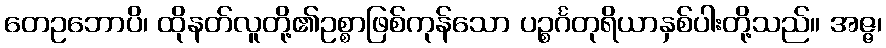
တေဥဘောပိ၊ ထိုနတ်လူတို့၏ဥစ္စာဖြစ်ကုန်သော ပဉ္စင်္ဂတုရိယာနှစ်ပါးတို့သည်။ အဇ္ဇ၊